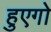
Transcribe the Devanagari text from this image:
हुएगो